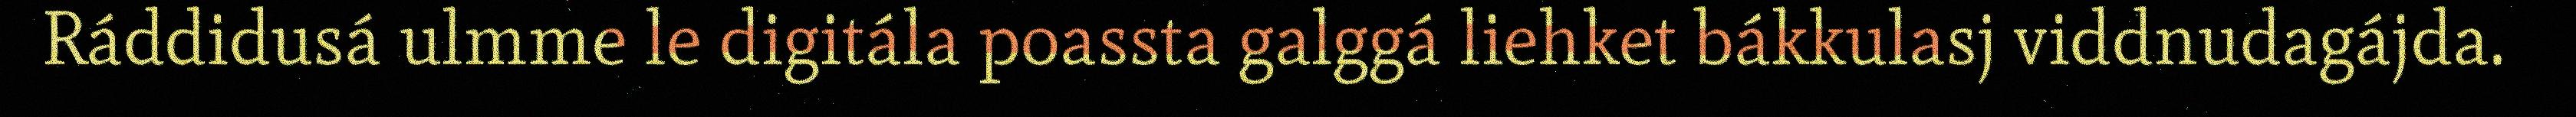
Ráddidusá ulmme le digitála poassta galggá liehket bákkulasj viddnudagájda.